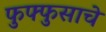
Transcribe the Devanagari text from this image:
फुफ्फुसाचे